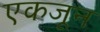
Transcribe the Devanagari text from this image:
एकजून